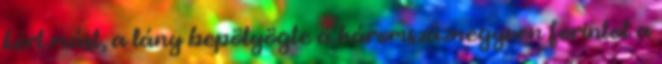
kért mást, a lány bepötyögte a háromszáznegyven forintot a